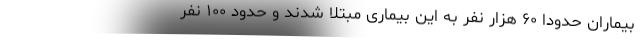
بیماران حدودا ۶۰ هزار نفر به این بیماری مبتلا شدند و حدود ۱۰۰ نفر